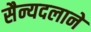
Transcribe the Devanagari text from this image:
सैन्यदलाने